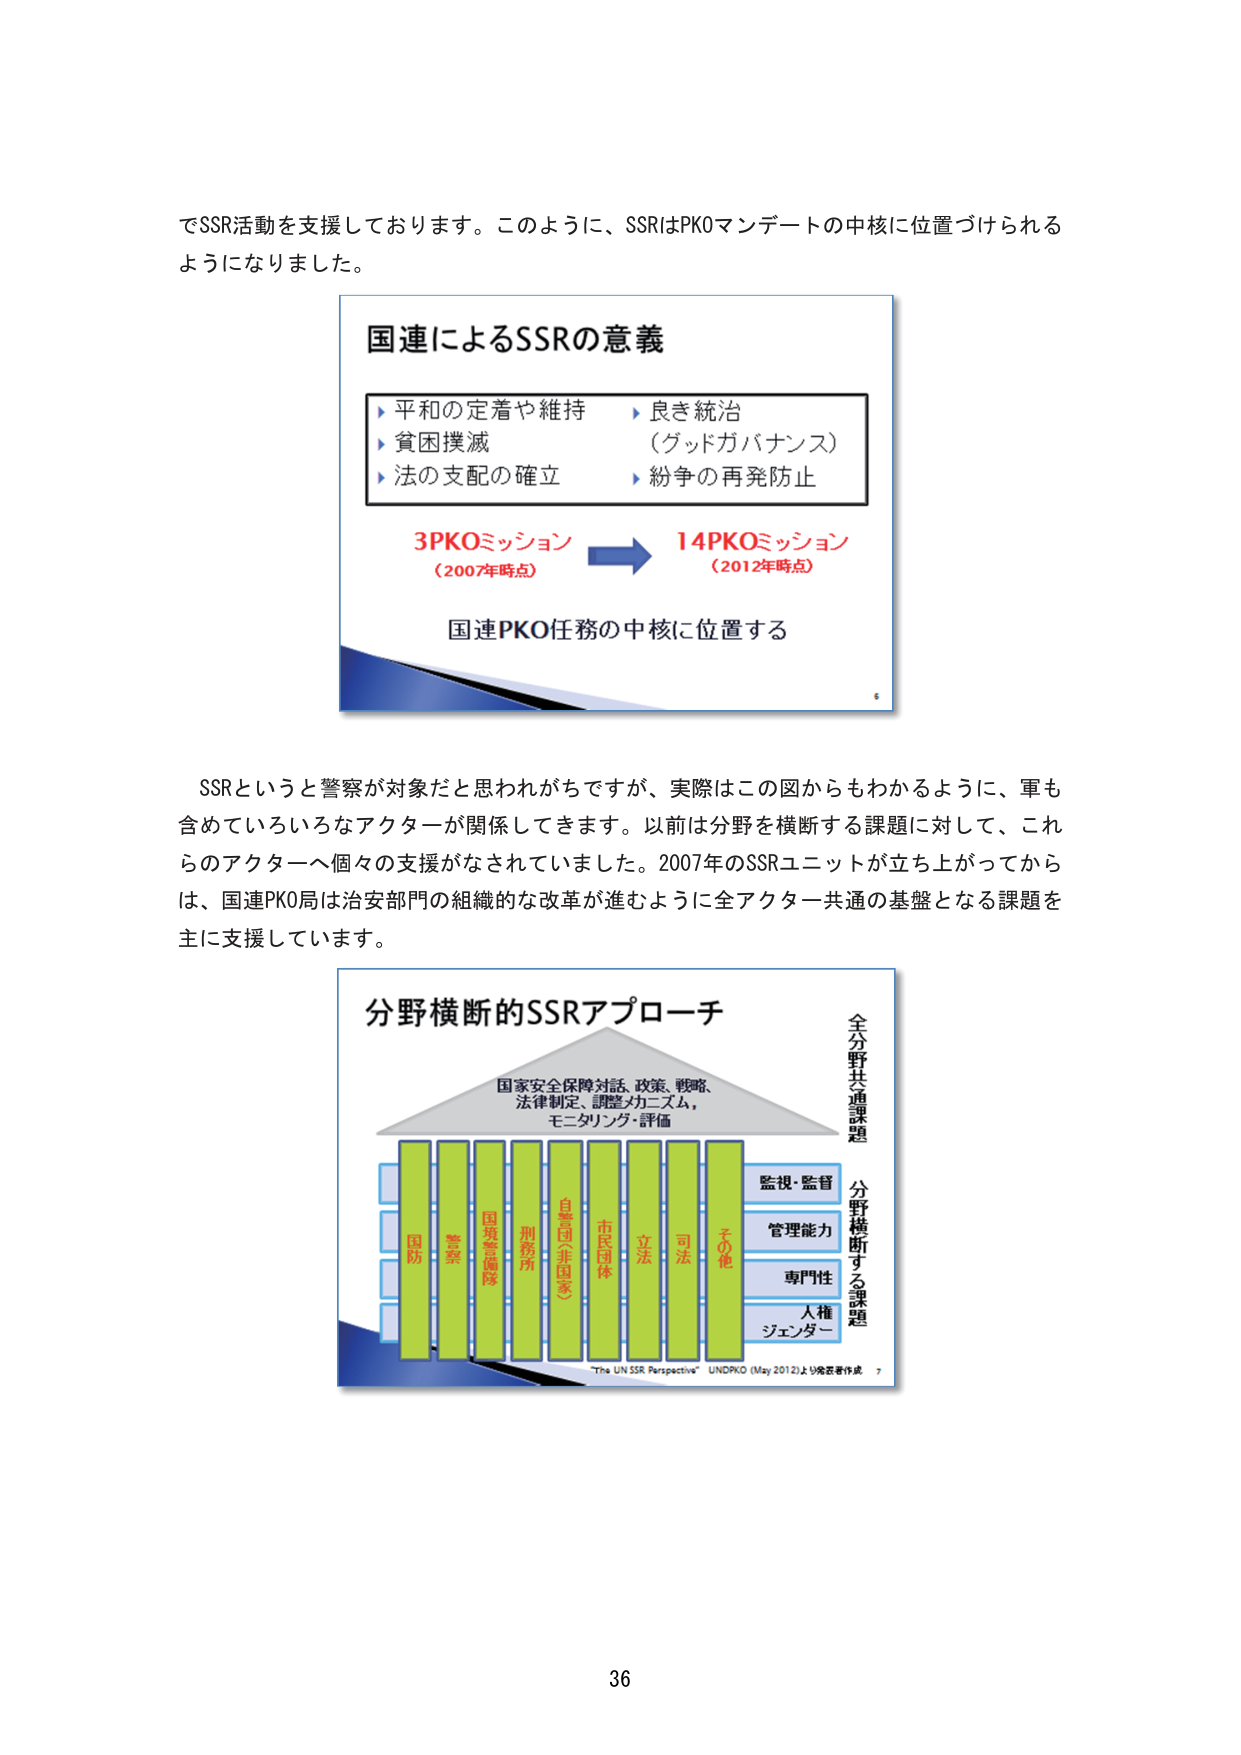
でSSR活動を支援しております。このように、SSRはPKOマンデートの中核に位置づけられるようになりました。

国連によるSSRの意義
▶ 平和の定着や維持　▶ 良き統治
▶ 貧困撲滅　　　　　（グッドガバナンス）
▶ 法の支配の確立　　▶ 紛争の再発防止

3PKOミッション　→　14PKOミッション
（2007年時点）　　　（2012年時点）

国連PKO任務の中核に位置する

SSRというと警察が対象だと思われがちですが、実際はこの図からもわかるように、軍も含めていろいろなアクターが関係してきます。以前は分野を横断する課題に対して、これらのアクターへ個々の支援がなされていました。2007年のSSRユニットが立ち上がってからは、国連PKO局は治安部門の組織的な改革が進むように全アクター共通の基盤となる課題を主に支援しています。

分野横断的SSRアプローチ

国家安全保障対話、政策、戦略、
法律制定、調整メカニズム、
モニタリング・評価

国防　警察　国境警備隊　刑務所　自警団（非国家）　市民団体　立法　司法　その他

監視・監督
管理能力
専門性
人権
ジェンダー

全分野共通課題
分野横断する課題

"The UN SSR Perspective" UNDPKO (May 2012)より発表者作成

36